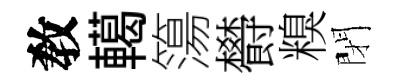
敎轕簜欎糗閉